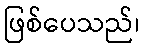
ဖြစ်ပေသည်၊